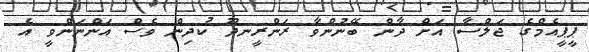
ޕީޕީއެމްގެ ޖަލްސާ އަށް ދާން ބޭނުންވާ ރަންރީނދޫ ކުދިން ވެސް އަންނަންވީ އެ